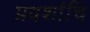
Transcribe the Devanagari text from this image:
प्रवशांचि